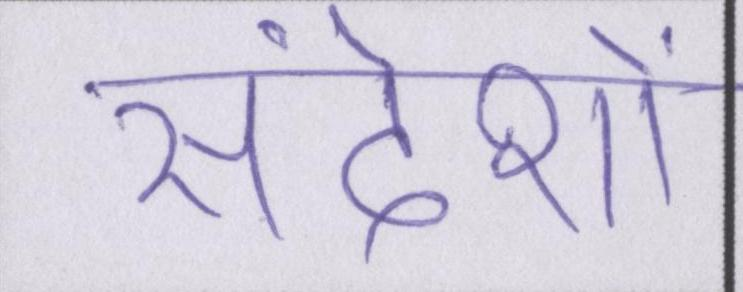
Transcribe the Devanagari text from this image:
संदेशों